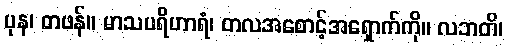
ပုန၊ တဖန်။ မာသပရိဟာရံ၊ တလအစောင့်အရှောက်ကို။ လဘတိ၊